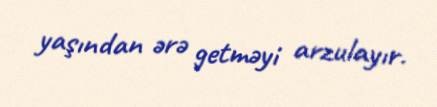
yaşından ərə getməyi arzulayır.